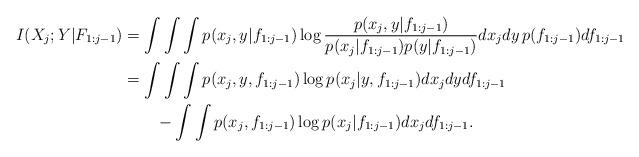
LaTeX: \begin{align*}I(X_j;Y|F_{1:j-1})&=\int\int\int p(x_j,y|f_{1:j-1})\log\frac{p(x_j,y|f_{1:j-1})}{p(x_j|f_{1:j-1})p(y|f_{1:j-1})}d x_jd y\, p(f_{1:j-1})df_{1:j-1}\\&=\int\int\int p(x_j,y,f_{1:j-1})\log p(x_j|y,f_{1:j-1})dx_jdyd f_{1:j-1}\\&\qquad-\int\int p(x_j,f_{1:j-1})\log p(x_j|f_{1:j-1})dx_j df_{1:j-1}.\end{align*}